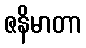
ဇနိမာတာ